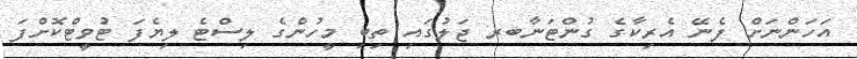
އަހަންނަށް ފެނޭ އެރިކާގެ ގުންޓަނާބރ ޖަލުގައި ތިބި މީހުންގެ ލިސްޓެ ލިޔެފަ ޓުވީޓްކޮށްފަ